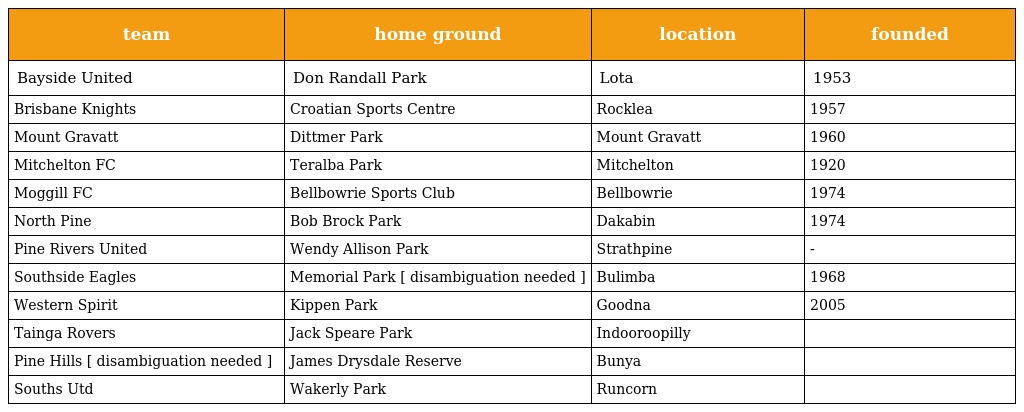
| team | home ground | location | founded |
 | --- | --- | --- | --- |
 | Bayside United | Don Randall Park | Lota | 1953 |
 | Brisbane Knights | Croatian Sports Centre | Rocklea | 1957 |
 | Mount Gravatt | Dittmer Park | Mount Gravatt | 1960 |
 | Mitchelton FC | Teralba Park | Mitchelton | 1920 |
 | Moggill FC | Bellbowrie Sports Club | Bellbowrie | 1974 |
 | North Pine | Bob Brock Park | Dakabin | 1974 |
 | Pine Rivers United | Wendy Allison Park | Strathpine | - |
 | Southside Eagles | Memorial Park [ disambiguation needed ] | Bulimba | 1968 |
 | Western Spirit | Kippen Park | Goodna | 2005 |
 | Tainga Rovers | Jack Speare Park | Indooroopilly |  |
 | Pine Hills [ disambiguation needed ] | James Drysdale Reserve | Bunya |  |
 | Souths Utd | Wakerly Park | Runcorn |  |